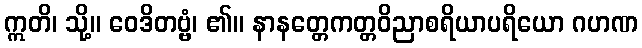
ဣတိ၊ သို့။ ဝေဒိတဗ္ဗံ၊ ၏။ နာနတ္တေကတ္တဝိညာစရိယာပရိယော ဂဟဏ